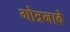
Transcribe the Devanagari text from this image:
गोत्रनावे